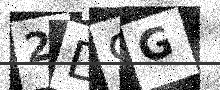
Text: 2D9G